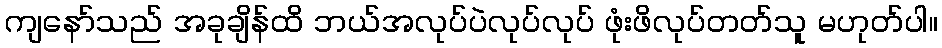
ကျနော်သည် အခုချိန်ထိ ဘယ်အလုပ်ပဲလုပ်လုပ် ဖုံးဖိလုပ်တတ်သူ မဟုတ်ပါ။